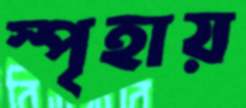
স্পৃহায়